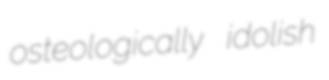
osteologically idolish